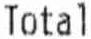
TOTAL